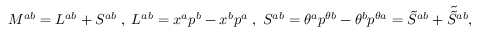
M ^ { a b } = L ^ { a b } + S ^ { a b } \; , \; L ^ { a b } = x ^ { a } p ^ { b } - x ^ { b } p ^ { a } \; , \; S ^ { a b } = \theta ^ { a } p ^ { \theta b } - \theta ^ { b } p ^ { \theta a } = \tilde { S } ^ { a b } + \tilde { \tilde { S } } { } ^ { a b } ,